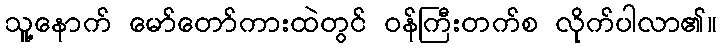
သူ့နောက် မော်တော်ကားထဲတွင် ဝန်ကြီးတက်စ လိုက်ပါလာ၏။